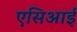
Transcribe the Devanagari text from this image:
एसिआई